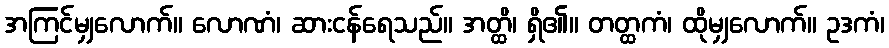
အကြင်မျှလောက်။ လောဏံ၊ ဆားငန်ရေသည်။ အတ္ထိ၊ ရှိ၏။ တတ္ထကံ၊ ထိုမျှလောက်။ ဥဒကံ၊